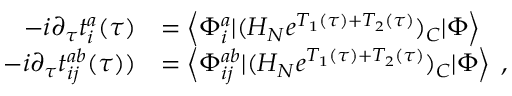
\begin{array} { r l } { - i \partial _ { \tau } t _ { i } ^ { a } ( \tau ) } & { = \left< \Phi _ { i } ^ { a } | ( H _ { N } e ^ { T _ { 1 } ( \tau ) + T _ { 2 } ( \tau ) } ) _ { C } | \Phi \right> } \\ { - i \partial _ { \tau } t _ { i j } ^ { a b } ( \tau ) ) } & { = \left< \Phi _ { i j } ^ { a b } | ( H _ { N } e ^ { T _ { 1 } ( \tau ) + T _ { 2 } ( \tau ) } ) _ { C } | \Phi \right> \; , } \end{array}